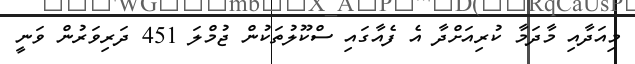
މިއަދާއި މާދަމާ ކުރިއަށްދާ އެ ފެއާގައި ސްކޫލުތަކުން ޖުމްލަ 451 ދަރިވަރުން ވަނީ